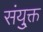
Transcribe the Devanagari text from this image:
संयु्क्त